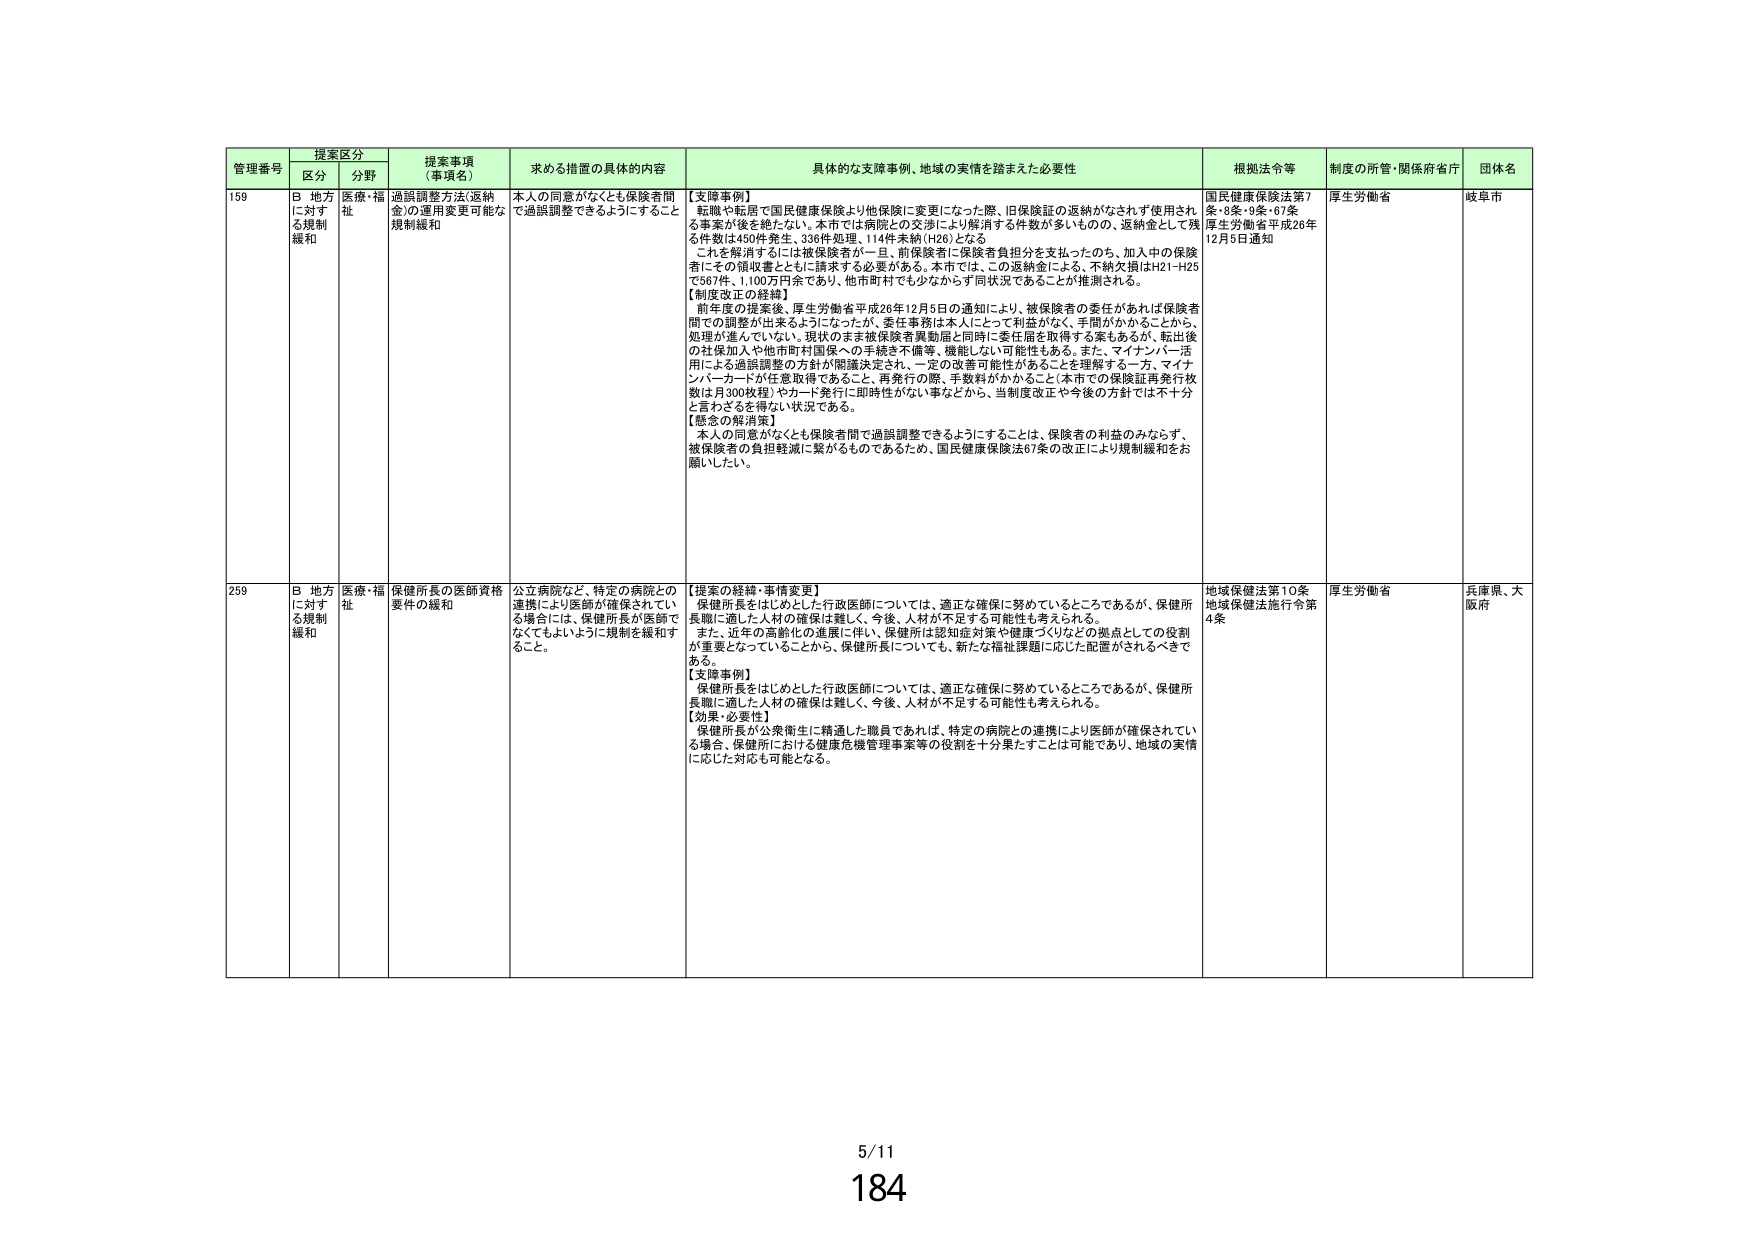
管理番号 提案区分 提案事項（事項名） 求める措置の具体的内容 具体的な支援事例、地域の実情を踏まえた必要性 根拠法令等 制度の所管・関係府省庁 団体名
区分 分野
159 B 地方に対する規制緩和 医療・福祉 過誤調整方法・返納金の運用変更可能な規制緩和 本人の同意がなくとも保険者間で過誤調整できるようにすること 【支障事例】 転職や転居で国民健康保険より他保険に変更になった際、旧保険証の返納がなされず使用される事案が後を絶たない。本市では病院との交渉により解消する件数が多いものの、返納金として残る件数は450件発生、330件処理、114件未納（H26）となる。 これを解消するには被保険者が一旦、前保険者に保険者負担分を支払ったのち、加入中の保険者にその領収書とともに請求する必要がある。本市では、この返納金による、不納欠損はH21～H25で567件、1,100万円余であり、他市町村でも少なからず同状況であることが推測される。 【制度改正の経緯】 前年度の提案後、厚生労働省平成26年12月5日の通知により、被保険者の委任があれば保険者間での調整が出来るようになったが、委任事務は本人にとって利益がなく、手間がかかることから、処理が進んでいない。現状のまま被保険者異動届と同時に委任届を取得する案もあるが、転出後の社保加入や他市町村国保への手続き不備等、機能しない可能性もある。また、マイナンバー活用による過誤調整の方針が閣議決定され、一定の改善可能性があることを理解する一方、マイナンバーカードが任意取得であること、再発行の際、手数料がかかること（本市での保険証再発行枚数は月300枚程）やカード発行に即時性がない事などから、当制度改正や今後の方針では不十分と言わざるを得ない状況である。 【懸念の解消策】 本人の同意がなくとも保険者間で過誤調整できるようにすることは、保険者の利益のみならず、被保険者の負担軽減に繋がるものであるため、国民健康保険法67条の改正により規制緩和をお願いしたい。 国民健康保険法第7条・8条・9条・67条 厚生労働省平成26年12月5日通知 厚生労働省 岐阜市
259 B 地方に対する規制緩和 医療・福祉 保健所長の医師資格要件の緩和 公立病院など、特定の病院との連携により医師が確保されている場合には、保健所長が医師でなくてもよいように規制を緩和すること。 【提案の経緯・事情変更】 保健所長をはじめとした行政医師については、適正な確保に努めているところであるが、保健所長職に適した人材の確保は難しく、今後、人材が不足する可能性も考えられる。 また、近年の高齢化の進展に伴い、保健所は認知症対策や健康づくりなどの拠点としての役割が重要となっていることから、保健所長についても、新たな福祉課題に応じた配置がされるべきである。 【支障事例】 保健所長をはじめとした行政医師については、適正な確保に努めているところであるが、保健所長職に適した人材の確保は難しく、今後、人材が不足する可能性も考えられる。 【効果・必要性】 保健所長が公衆衛生に精通した職員であれば、特定の病院との連携により医師が確保されている場合、保健所における健康危機管理事案等の役割を十分果たすことは可能であり、地域の実情に応じた対応も可能となる。 地域保健法第10条 地域保健法施行令第4条 厚生労働省 兵庫県、大阪府
5/11
184